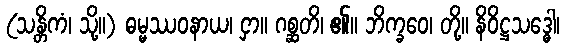
(သန္တိကံ၊ သို့။) ဓမ္မဿဝနာယ၊ ငှာ။ ဂစ္ဆတိ၊ ၏။ ဘိက္ခဝေ၊ တို့။ နိဝိဋ္ဌသဒ္ဓေါ၊